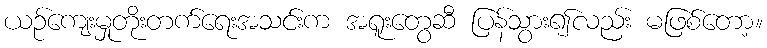
ယဉ်ကျေးမှုတိုးတက်ရေးအသင်းက အရူးတွေဆီ ပြန်သွား၍လည်း မဖြစ်တော့။